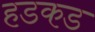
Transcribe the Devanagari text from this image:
हडकड